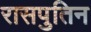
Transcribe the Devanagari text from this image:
रासपुतिन